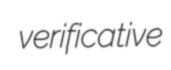
verificative